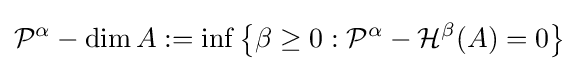
{\mathcal {P}}^{\alpha }-\dim A:=\inf \left\{\beta \geq 0:{\mathcal {P}}^{\alpha }-{\mathcal {H}}^{\beta }(A)=0\right\}